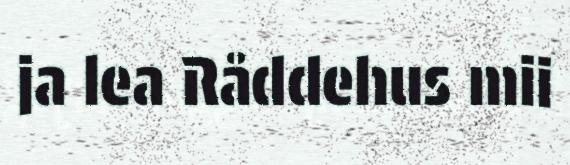
ja lea Råddehus mii